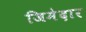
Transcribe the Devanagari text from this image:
जिमेदार